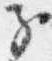
子